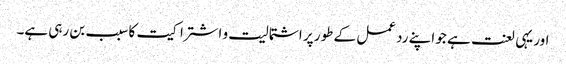
اور یہی لعنت ہے جو اپنے رد عمل کے طور پر اشتمالیت و اشتراکیت کا سبب بن رہی ہے۔